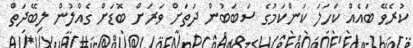
ކުރެވޭ ބައެއް ކަހަަލަ ކަންކަމުގެ ސަބަބުން ދަތަށް ވަރަށް ބޮޑަށް ގެއްލުން ލިބޭދަތް